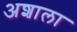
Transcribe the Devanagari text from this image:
अशाला